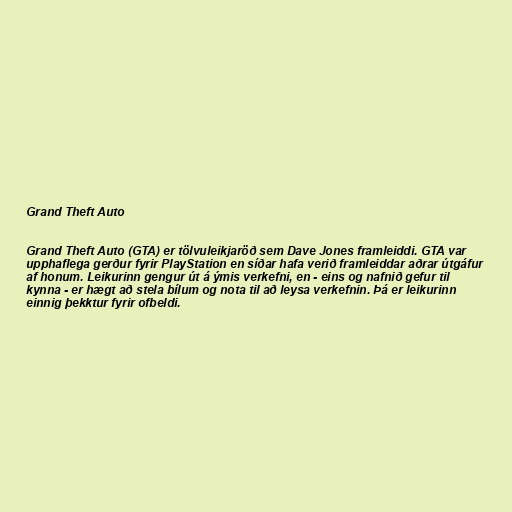
Grand Theft Auto

Grand Theft Auto (GTA) er tölvuleikjaröð sem Dave Jones framleiddi. GTA var
upphaflega gerður fyrir PlayStation en síðar hafa verið framleiddar aðrar útgáfur
af honum. Leikurinn gengur út á ýmis verkefni, en - eins og nafnið gefur til
kynna - er hægt að stela bílum og nota til að leysa verkefnin. Þá er leikurinn
einnig þekktur fyrir ofbeldi.